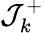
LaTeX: \mathcal{J}_{k}^{+}